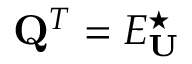
\mathbf { Q } ^ { T } = E _ { \mathbf { U } } ^ { \star }